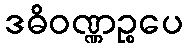
ဒဓိဝဏ္ဏဉ္စပေ